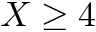
X \geq 4